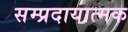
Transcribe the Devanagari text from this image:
सम्प्रदायात्मक